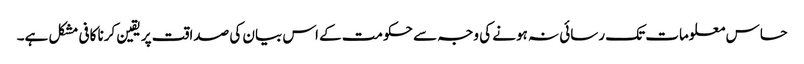
حساس معلومات تک رسائی نہ ہونے کی وجہ سے حکومت کے اس بیان کی صداقت پر یقین کرنا کافی مشکل ہے۔